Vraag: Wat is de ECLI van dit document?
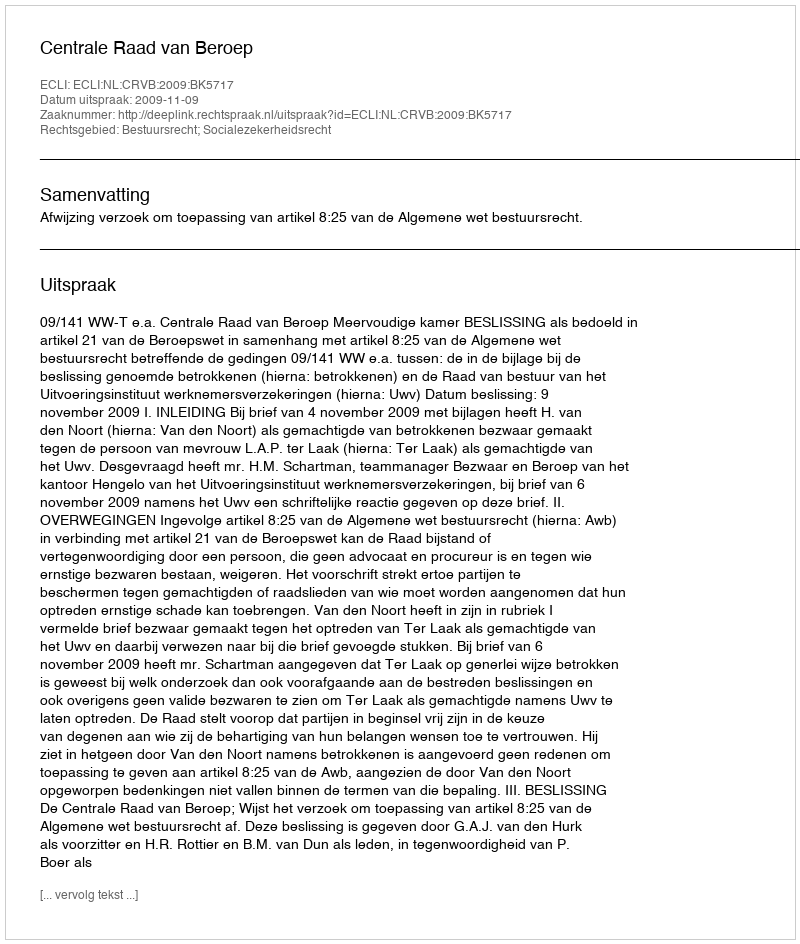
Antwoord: ECLI:NL:CRVB:2009:BK5717